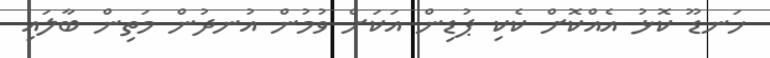
ހަނޑޫ ކޮޅު އެއްކޮށް ކެކި ޕުޑިން އަކަށް ވުމުން އުނދުން މަތިން ބާލައި